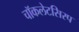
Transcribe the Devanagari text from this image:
चॉकलेटसिरप